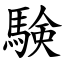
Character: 験